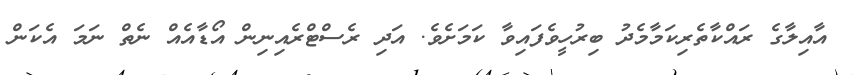
އާއިލާގެ ރައްކާތެރިކަމާމެދު ބިރުހީވެފައިވާ ކަމަށެވެ. އަދި ރެސްޓްރެއިނިން އޯޑާއެއް ނެތް ނަމަ އެކަން